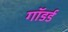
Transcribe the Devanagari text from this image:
गॉडर्ड